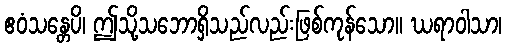
ဧဝံသန္တေပိ၊ ဤသို့သဘောရှိသည်လည်းဖြစ်ကုန်သော။ ဃရာဝါသာ၊